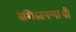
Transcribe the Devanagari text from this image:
बेशिस्तपणाची